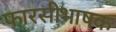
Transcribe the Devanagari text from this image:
फारसीभाषक